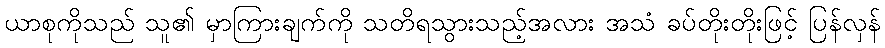
ယာစုကိုသည် သူ၏ မှာကြားချက်ကို သတိရသွားသည့်အလား အသံ ခပ်တိုးတိုးဖြင့် ပြန်လှန်